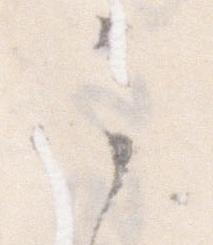
之